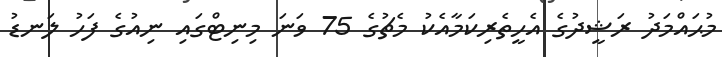
މުޙައްމަދު ރަޝީދުގެ އެހީތެރިކަމާއެކު މެޗުގެ 75 ވަނަ މިނިޓްގައި ނިއުގެ ފަހު ލަނޑު